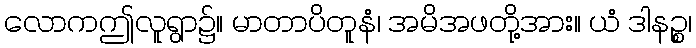
လောကဤလူရွာ၌။ မာတာပိတူနံ၊ အမိအဖတို့အား။ ယံ ဒါနဉ္စ၊